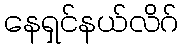
နေရှင်နယ်လိဂ်